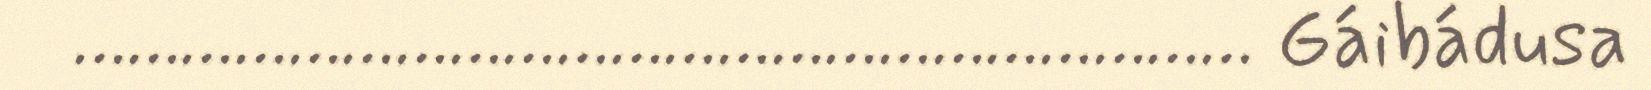
………………………………………………………… Gáibádusa